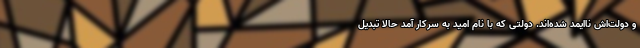
و دولت‌اش ناایمد شده‌اند. دولتی که با نام امید به سرکار آمد حالا تبدیل